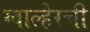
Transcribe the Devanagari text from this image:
ग्वाल्हेरची